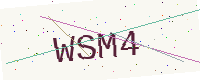
Text: WSM4